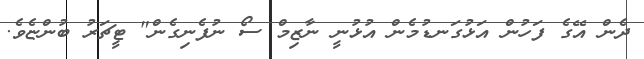
ދެން އޭގެ ފަހުން އަޅުގަނޑުމެން އުޅުނީ ނާޒިމް ސޯ ނުފެނިގެން" ޓީޗަރު ބުންޏެވެ.